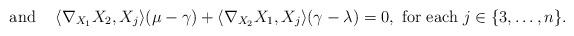
LaTeX: \begin{align*}\textrm{ and \;\; } \langle\nabla_{X_{1}}X_{2},X_{j}\rangle(\mu-\gamma)+\langle\nabla_{X_{2}}X_{1},X_{j}\rangle(\gamma-\lambda)=0, \textrm{ for each } j\in\{3,\ldots,n\}.\end{align*}